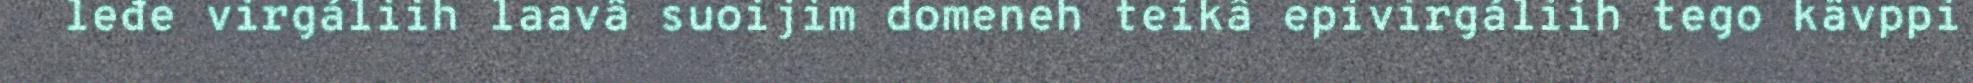
leđe virgáliih laavâ suoijim domeneh teikâ epivirgáliih tego kävppi